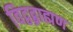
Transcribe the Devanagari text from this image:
विद्वद्ब्राह्मण